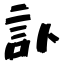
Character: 訃